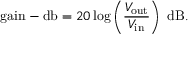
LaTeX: { \mathrm { g a i n - d b } } = 2 0 \log \left( { \frac { V _ { \mathrm { o u t } } } { V _ { \mathrm { i n } } } } \right) ~ { \mathrm { d B } } .